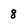
Character: 8